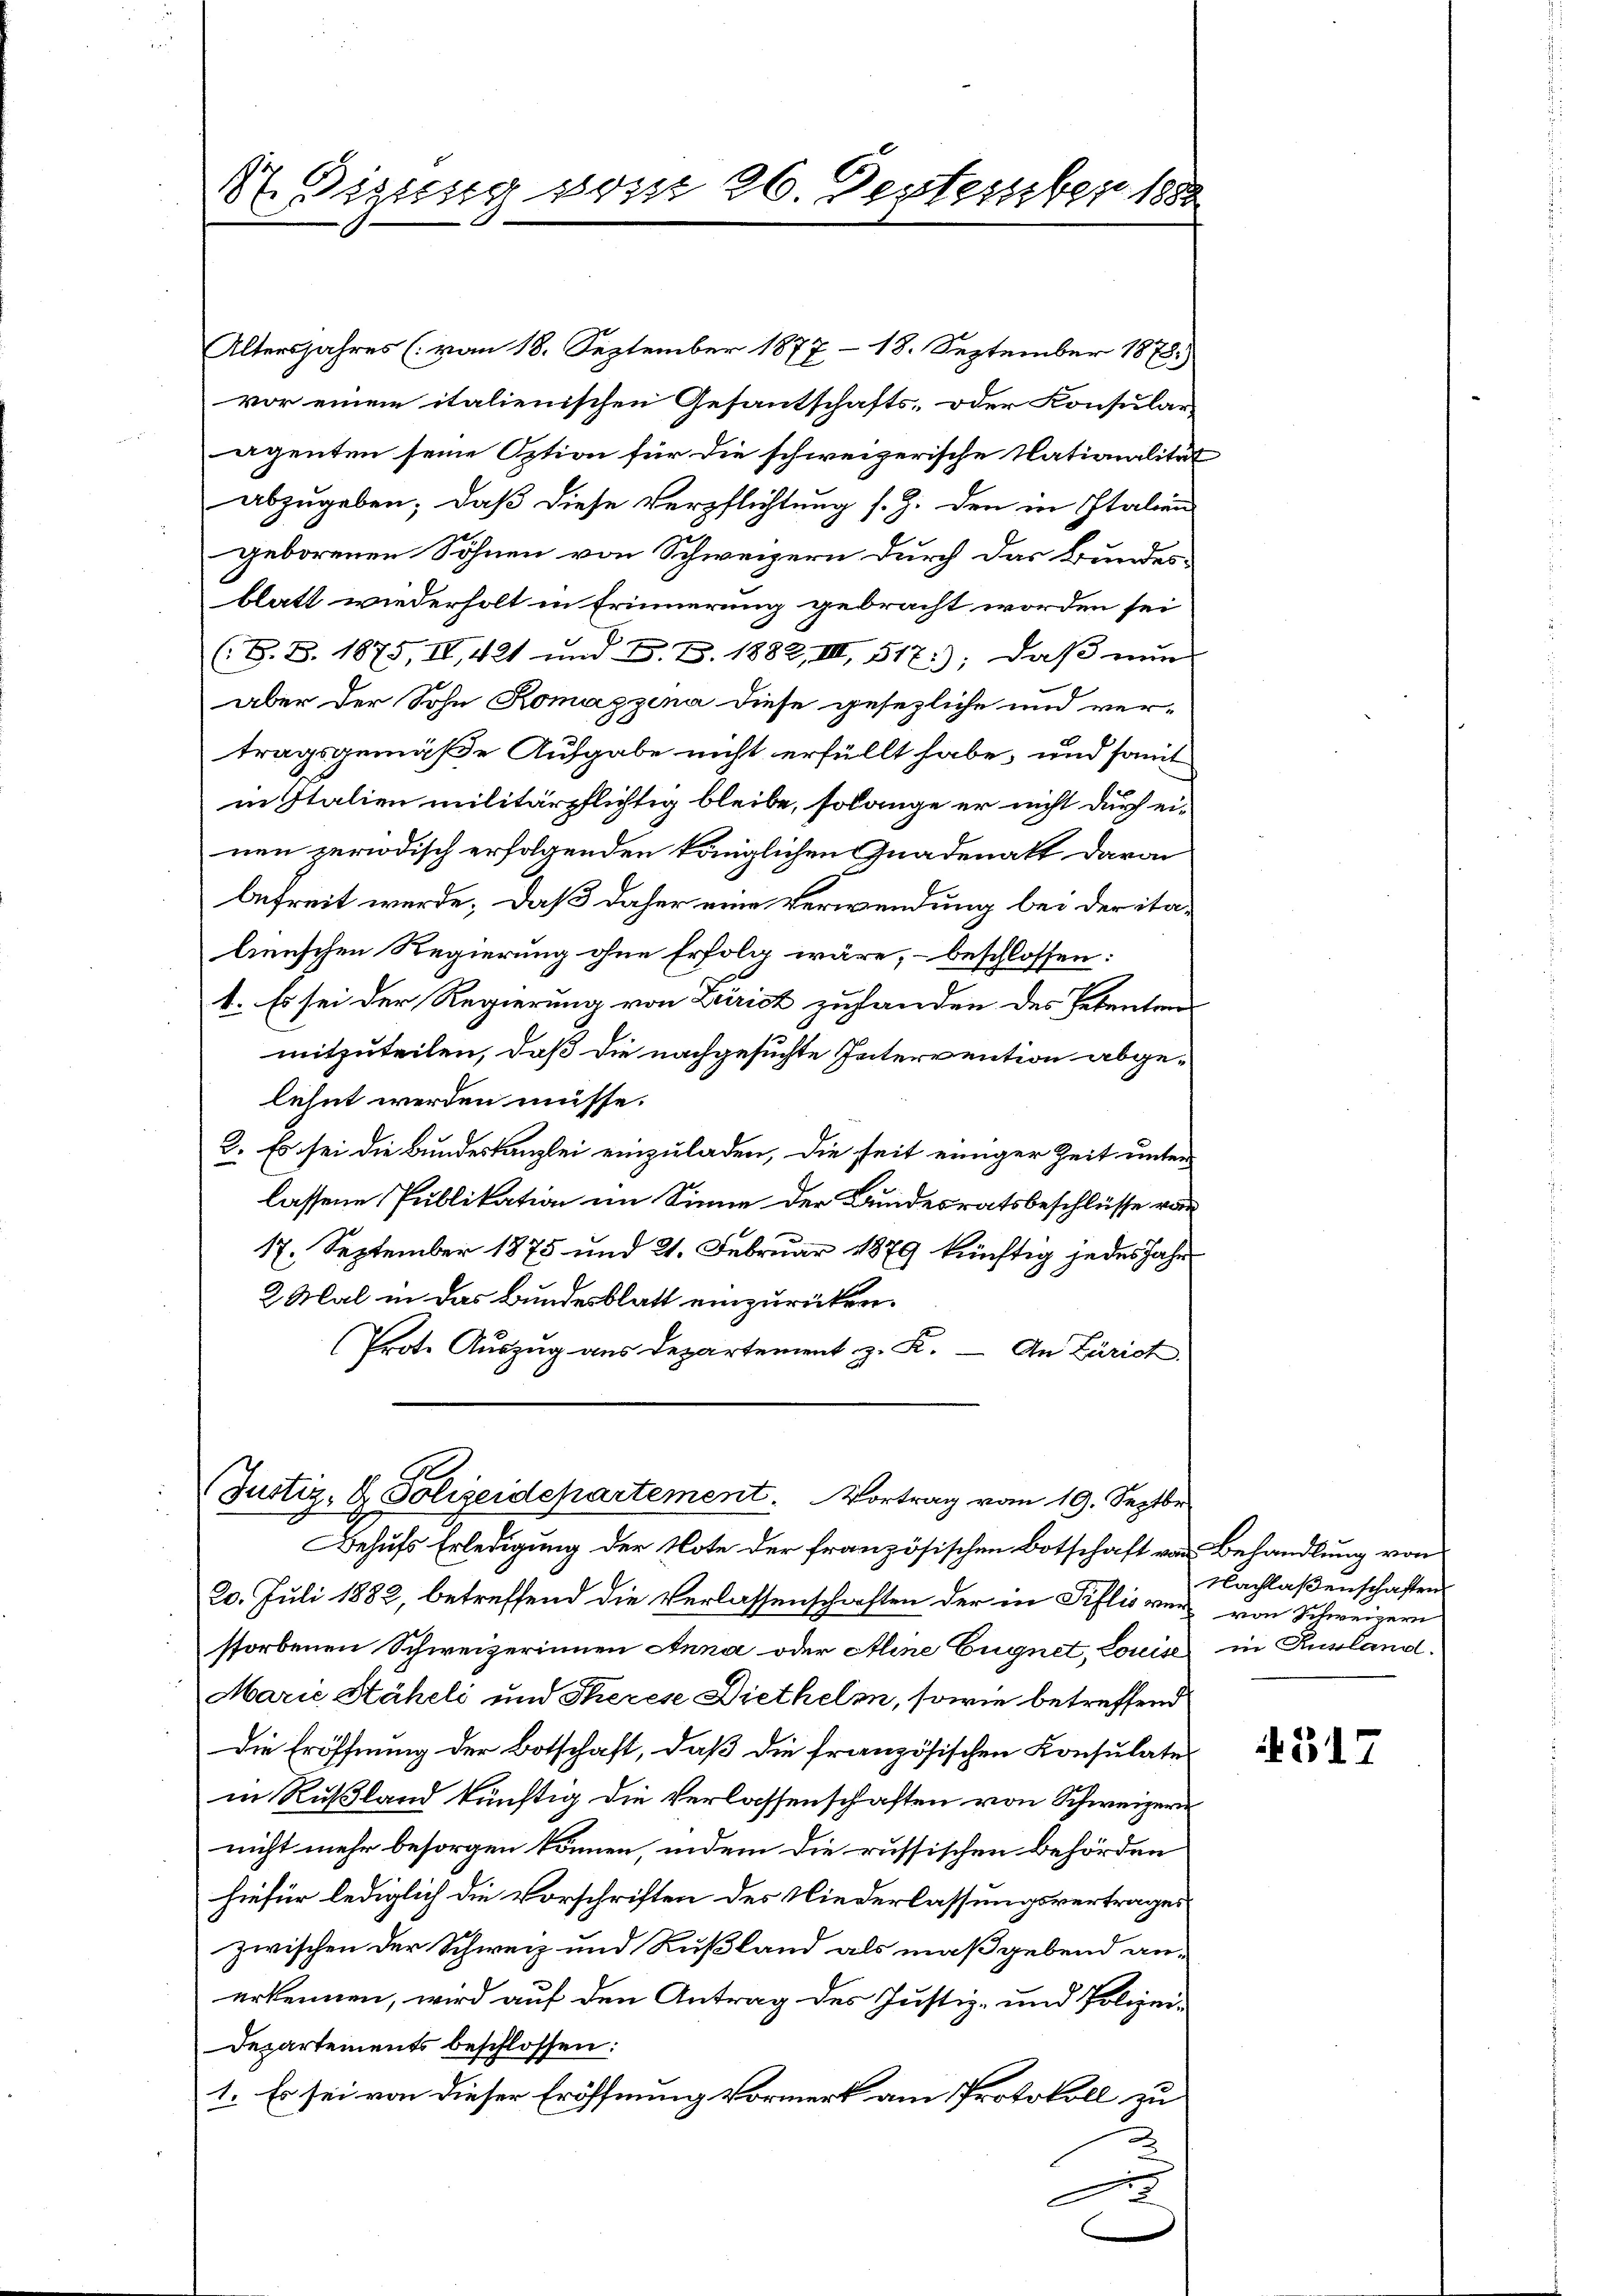
St. Digung vom 26. September 1888

Altersjahres (vom 18. September 1877 - 18. September 1878.)
vor einem italienischen Gesantschafts- oder Konsular-
agenten seine Option für die schweizerische Nationalität
abzugeben; daß diese Verpflichtung s. Z. den in Italien
geborenen Söhnen von Schweizern durch das Bundesblatt wiederholt in Erinnerung gebracht worden sei
(S.S. 1875, IV, 421 und D. S. 1882, III 517); daß nun
aber der Sohn Komápzina diese gesezliche und ver-
tragsgemäße Aufgabe nicht erfüllt habe, und somit
in Italien militärpflichtig bleibe, solange er nicht durch einen zurodisch erfolgenden königlichen Gnadenatt davon
befreit werde; daß daher eine Verwendung bei der italienschen Regierung ohne Erfolg wäre, – beschlossen:
1. Es sei der Regierung von Zürich zuhanden des Petenten-
mitzuteilen, daß die nachgesuchte Intervention abgelehnt werden müsse.
2. Es sei die Bundeskanzlei einzuladen, die seit einiger Zeit unter
lassene Publikation im Sinne der Bundesratsbeschlüsse von
17. September 1875 und 21. Februar 1879 künftig jedes Jahr
2 Mal in das Bundesblatt einzurücken.
(Prote Auszug aus Departement z. K. — An Zürich

Justiz- & Polizeidepartement. Vortrag vom 19. Septbr
Behufs Erledigung der Note der französischen Botschaft von Behandlung von

20. Juli 1882, betreffend die Verlassenschaften der in Pillis ver- von Schweizern
storbenen Schweizerinnen Anna oder Aline Eugnet, Louise in Rusland.
Marie Stäheli und Theren Diethelm, sowie betreffend
Die Eröffnung der Botschaft, daß die französischen Konsulate
in Rußland künftig die Verlassenschaften von Schweizern
nicht mehr besorgen können, indem die russischen Behörden
hiefür lediglich die Vorschriften des Niederlassungsvertrages
zwischen der Schweiz und Rußland als maßgebend anerkennen, wird auf den Antrag des Justiz- und Polizei¬
Departements beschlossen:
1. Es sei von dieser Eröffnung Vormerk am Protokoll zu
F

Nachlaßenschaften

317